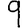
Digit: 9